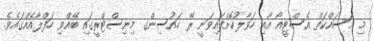
މި މަސައްކަތް އެސްޓީއޯ އާއި ހަވާލުކޮށްފައިވަނީ ރޭ ހައުސިންގ މިނިސްޓްރީގައި ބޭއްވި ހަފްލާއެއްގައެވެ.